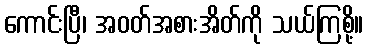
ကောင်းပြီ၊ အဝတ်အစားအိတ်ကို သယ်ကြစို့။